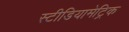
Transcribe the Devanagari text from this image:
स्टीडियामेट्रिक